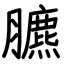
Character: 臕